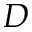
D